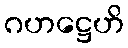
ဂဟဋ္ဌေဟိ